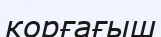
корғағыш